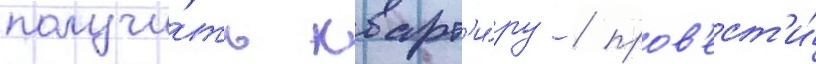
получи́ть кварт'и́ру / пров'ест'и́